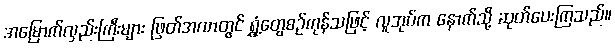
အမြောက်လှည်းကြီးများ ဖြတ်အလာတွင် ရွှံ့တွေစဉ်ကုန်သဖြင့် လူအုပ်က နောက်သို့ ဆုတ်ပေးကြသည်။